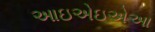
આઇએઇએઆ